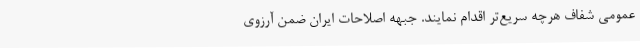
عمومی شفاف هرچه سریع‌تر اقدام نمایند. جبههٔ اصلاحات ایران ضمن آرزوی